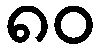
၈၀